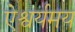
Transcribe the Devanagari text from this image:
ऐश्वर्यमय